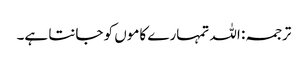
ترجمہ: اللہ تمہارے کاموں کو جانتا ہے۔